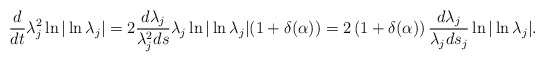
\begin{align*}\frac{d}{dt}\lambda_{j}^{2}\ln |\ln\lambda_{j}|=2\frac{d\lambda_{j}}{\lambda_{j}^{2}ds}\lambda_{j}\ln| \ln \lambda_{j}| (1+\delta(\alpha))=2\left(1+\delta(\alpha)\right)\frac{d\lambda_{j}}{\lambda_{j}ds_{j}}\ln |\ln \lambda_{j}|.\end{align*}